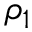
\rho _ { 1 }